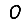
Digit: 0